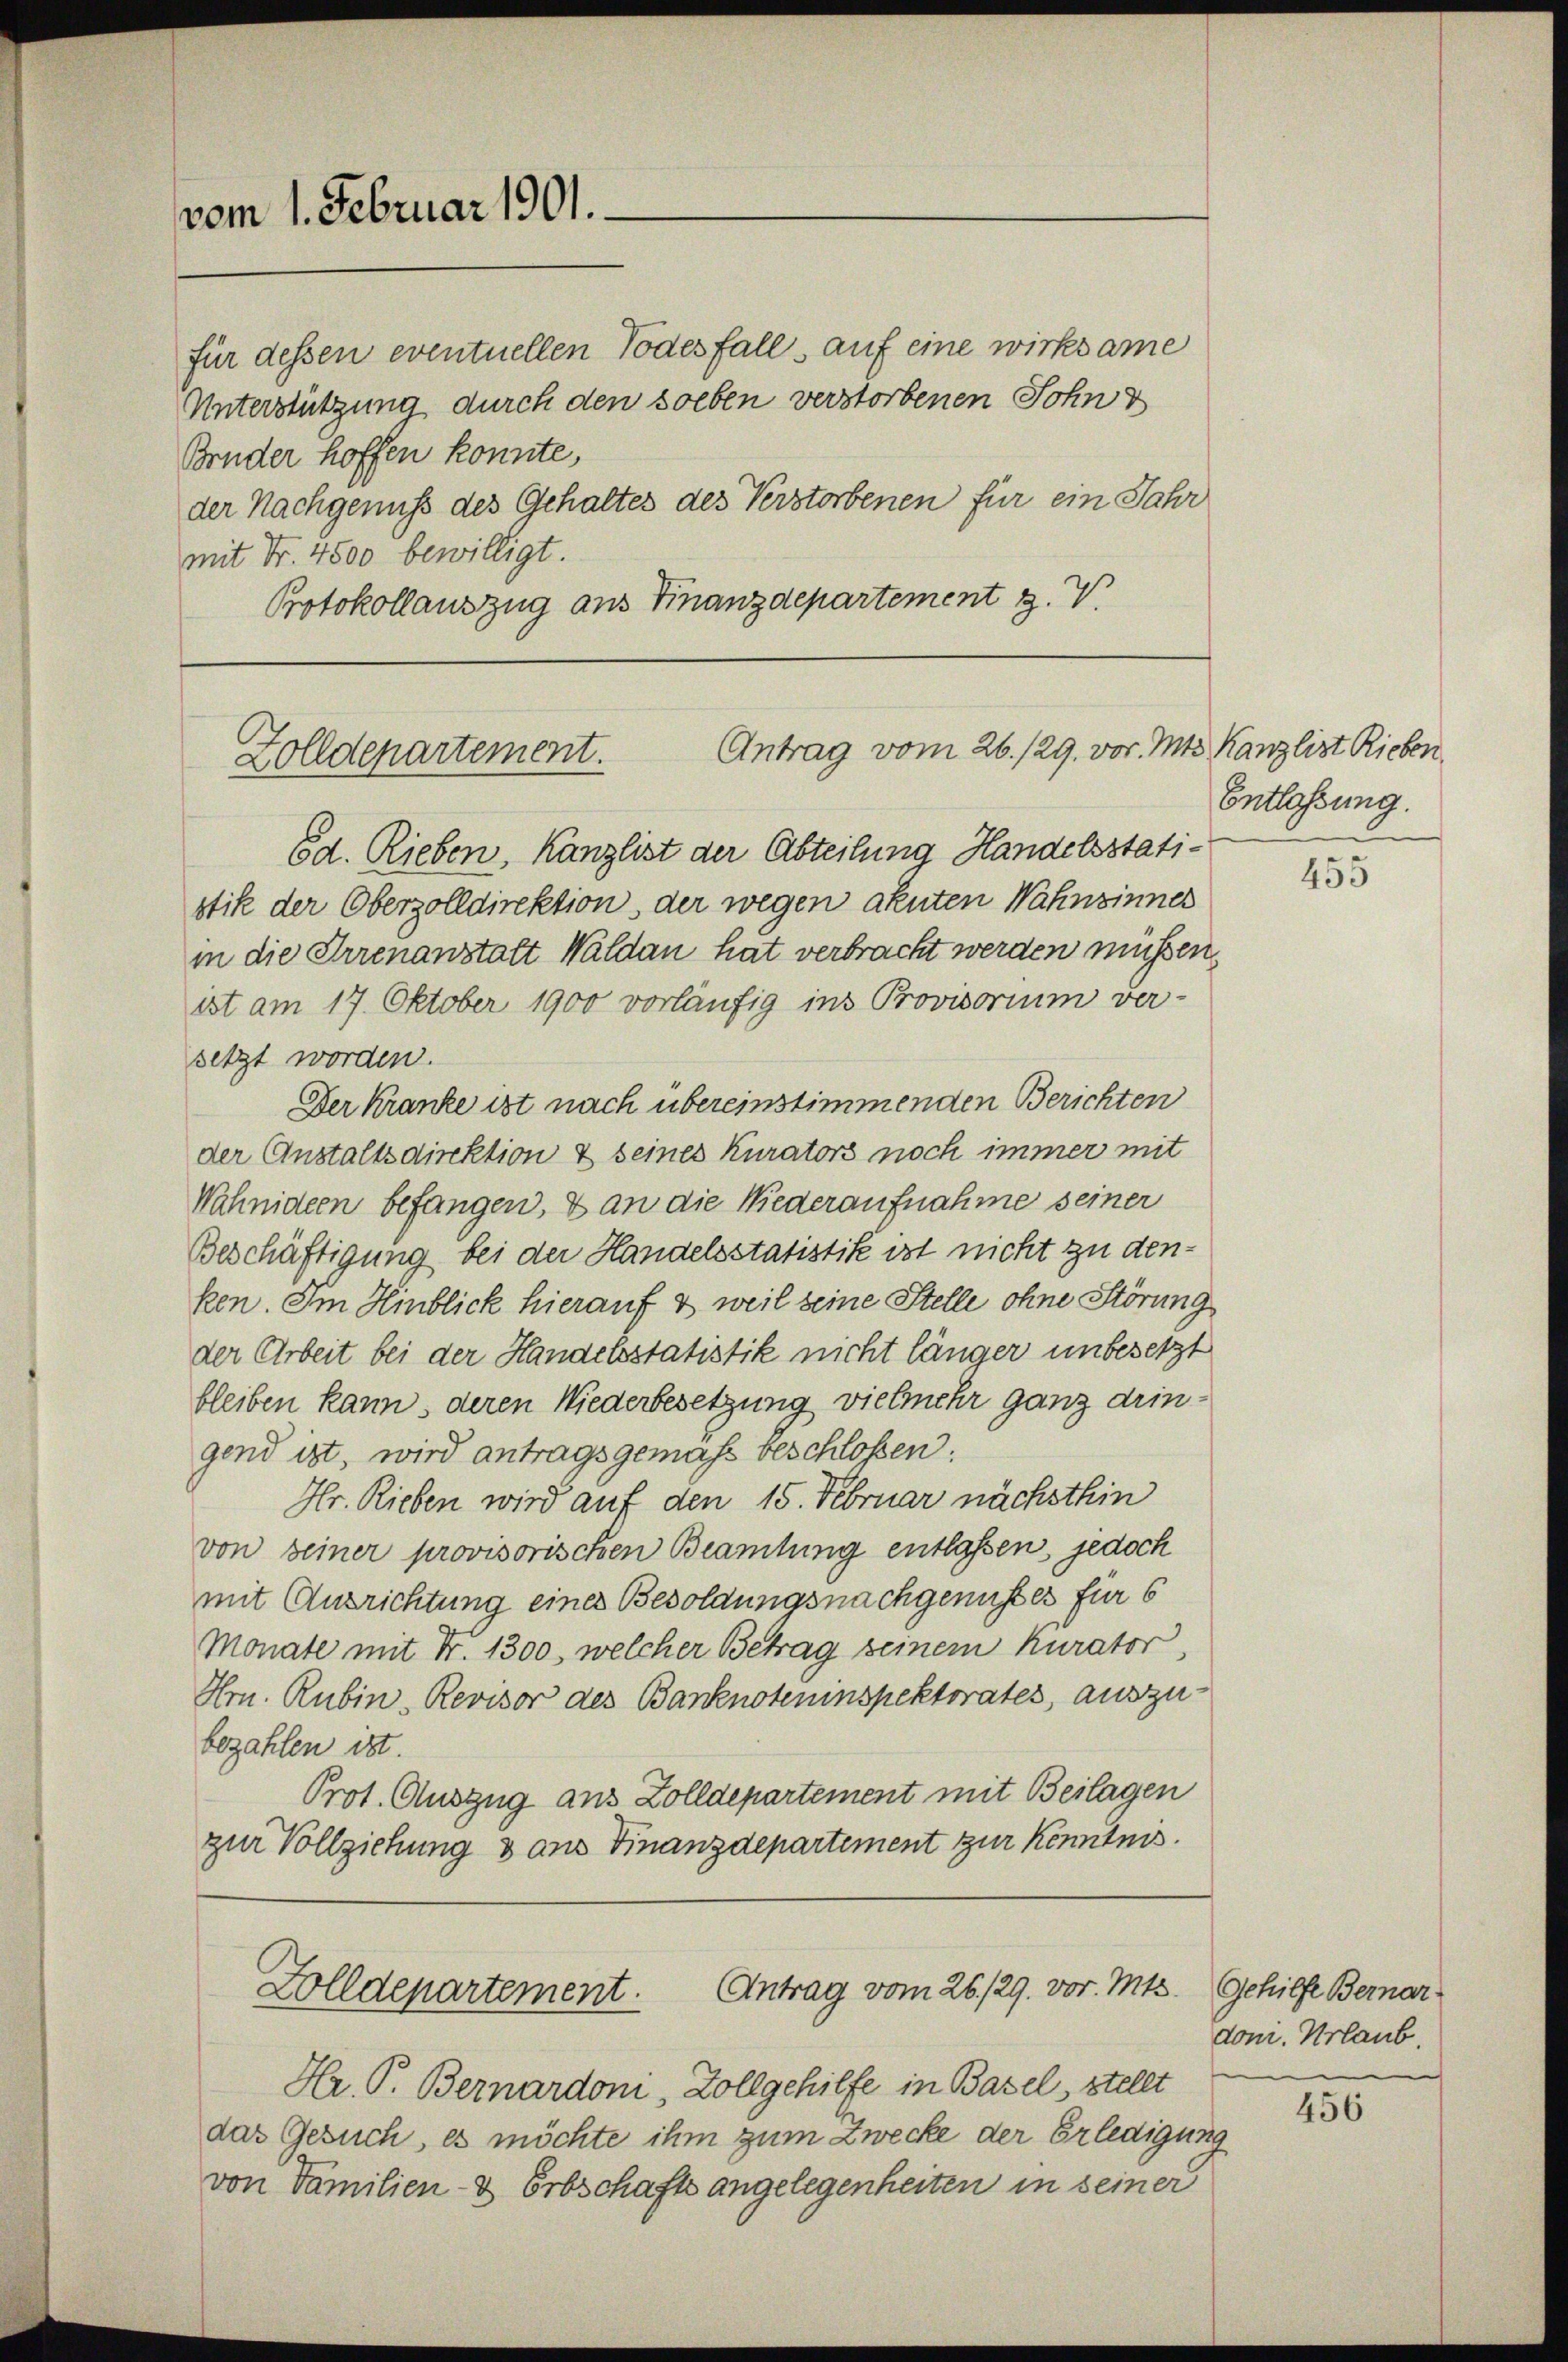
vom 1. Februar 1901.

für dessen eventuellen Todesfall, auf eine wirksame
Unterstützung durch den soeben verstorbenen Schwy
Bruder hoffen konnte,
der Nachgenuß des Gehaltes des Verstorbenen für ein Jahr
mit Fr. 4500 bewilligt.
Protokollauszug aus Finanzdepartement z. V

Antrag vom 26./29. vor. Mts. Kanzlist Rieben
Zolldepartement.

Antrag vom 26./29. vor. Mts. Gehilfe Bernar¬
Zolldepartement.

Ed. Rieben, Kanzlist der Abteilung Handelsstatistik der Oberzolldirektion, der wegen akuten Wahnsinnes
in die Irrenanstalt Waldan hat verbracht werden müssen.
ist am 17. Oktober 1900 vorläufig ins Provisorium ver-
setzt worden.
Der Kranke ist nach übereinstimmenden Berichten
der Anstaltsdirektion & seines Kurators noch immer mit
Wähnideen befangen, & an die Niederaufnahme seiner
Beschäftigung bei der Handelsstatistik ist nicht zu denken. Im Hmblick hierauf & weil seine Stelle ohne Störung
der Arbeit bei der Handelsstatistik nicht länger unbesetzt
bleiben kann, deren Wiederbesetzung vielmehr ganz dringend ist, wird antragsgemäß beschlossen:
Hr. Rieben wird auf den 15. Februar nächsthin
von seiner provisorischen Beamtung entlassen, jedoch
mit Ausrichtung eines Besoldungsnachgenusses für 6
Monate mit Fr. 1300, welcher Betrag seinem Kurator
Hrn. Rubin-Revisor des Banknoteninspektorates, auszu
bezahlen ist
Prot. Auszug aus Zolldepartement mit Beilagen
zur Vollziehung 3 aus Finanzdepartement zur Kenntnis.

Hr. P. Bernardon, Zollgehilfe in Basel, stellt
das Gesuch, es möchte ihm zum Zwecke der Erledigung
von Familien- & Erbschafts angelegenheiten in seiner

Entlassung.

455

don. Urlaub.

456